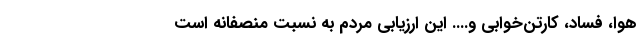
هوا، فساد، كارتن‌خوابي و.... اين ارزيابي مردم به نسبت منصفانه است